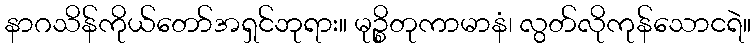
နာဂသိန်ကိုယ်တော်အရှင်ဘုရား။ မုဉ္စိတုကာမာနံ၊ လွတ်လိုကုန်သောငရဲ။